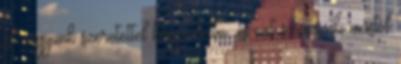
el vagyunk szeretettel kényeztetve, és ezt soha senki mástól